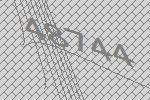
48744